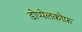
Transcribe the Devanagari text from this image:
डोप्पेलकोफ़